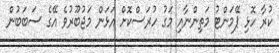
ކުރާ ހޮޅި ޕޭމަންޓު މަތިންނާއި މަގު ހުރަސްކޮށް އަޅަން މަޖުބޫރުވެ އޭގެ ސަބަބުން